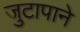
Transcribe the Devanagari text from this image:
जुटापाने